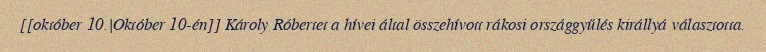
[[október 10.|Október 10-én]] Károly Róbertet a hívei által összehívott rákosi országgyűlés királlyá választotta.